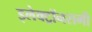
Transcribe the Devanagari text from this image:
इलेक्ट्रॉनरागी